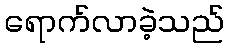
ရောက်လာခဲ့သည်